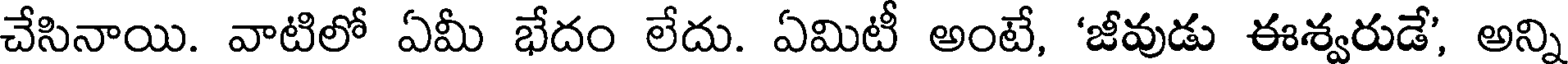
చేసినాయి. వాటిలో ఏమీ భేదం లేదు. ఏమిటీ అంటే, 'జీవుడు ఈశ్వరుడే', అన్ని